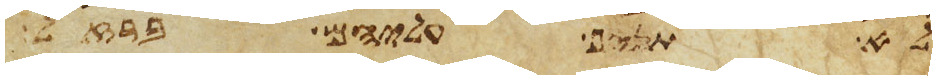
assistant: לא תניף עליהם ברזל